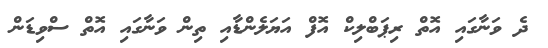
ދެ ވަނާގައި އޮތް ރިޕަބްލިކް އޮފް އަޔަލެންޑާއި ތިން ވަނާގައި އޮތް ސްވިޑަން